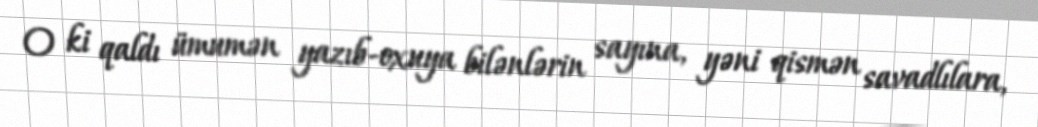
O ki qaldı ümumən yazıb-oxuya bilənlərin sayına, yəni qismən savadlılara,